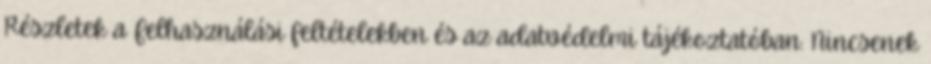
Részletek a Felhasználási feltételekben és az adatvédelmi tájékoztatóban. Nincsenek